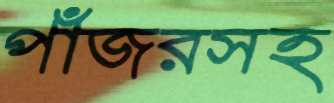
পাঁজরসহ